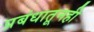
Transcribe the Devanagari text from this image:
प्रबंधातूनही